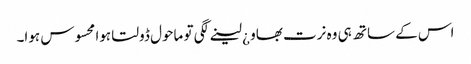
اس کے ساتھ ہی وہ نرت بھاو ¿ لینے لگی تو ماحول ڈولتا ہوا محسوس ہوا۔